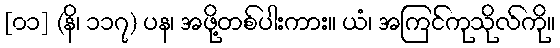
[၀၁] (နိ၊ ၁၁၇) ပန၊ အဖို့တစ်ပါးကား။ ယံ၊ အကြင်ကုသိုလ်ကို။